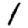
Digit: 1